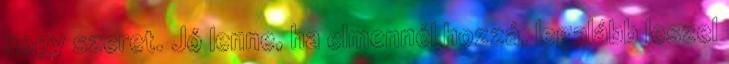
hogy szeret. Jó lenne, ha elmennél hozzá, legalább leszel